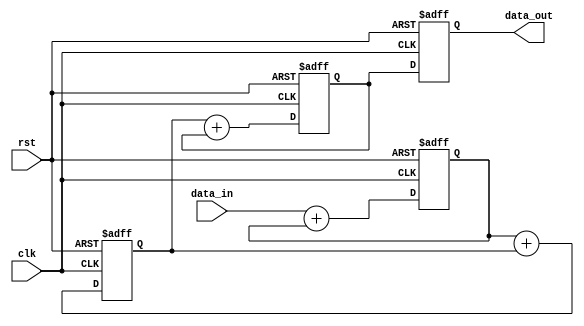
module cascaded_accumulator (
    input wire clk,
    input wire rst,
    input wire [31:0] data_in,
    output reg [31:0] data_out
);

reg [31:0] stage1_out, stage2_out, stage3_out;

always @(posedge clk or posedge rst) begin
    if (rst) begin
        stage1_out <= 0;
        stage2_out <= 0;
        stage3_out <= 0;
        data_out <= 0;
    end else begin
        stage1_out <= data_in + stage1_out;
        stage2_out <= stage1_out + stage2_out;
        stage3_out <= stage2_out + stage3_out;
        data_out <= stage3_out;
    end
end

endmodule